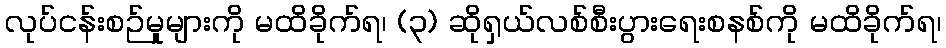
လုပ်ငန်းစဉ်မူများကို မထိခိုက်ရ၊ (၃) ဆိုရှယ်လစ်စီးပွားရေးစနစ်ကို မထိခိုက်ရ၊